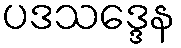
ပဒသဒ္ဒေန